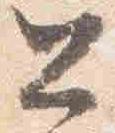
公